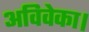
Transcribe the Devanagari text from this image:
अविवेका।